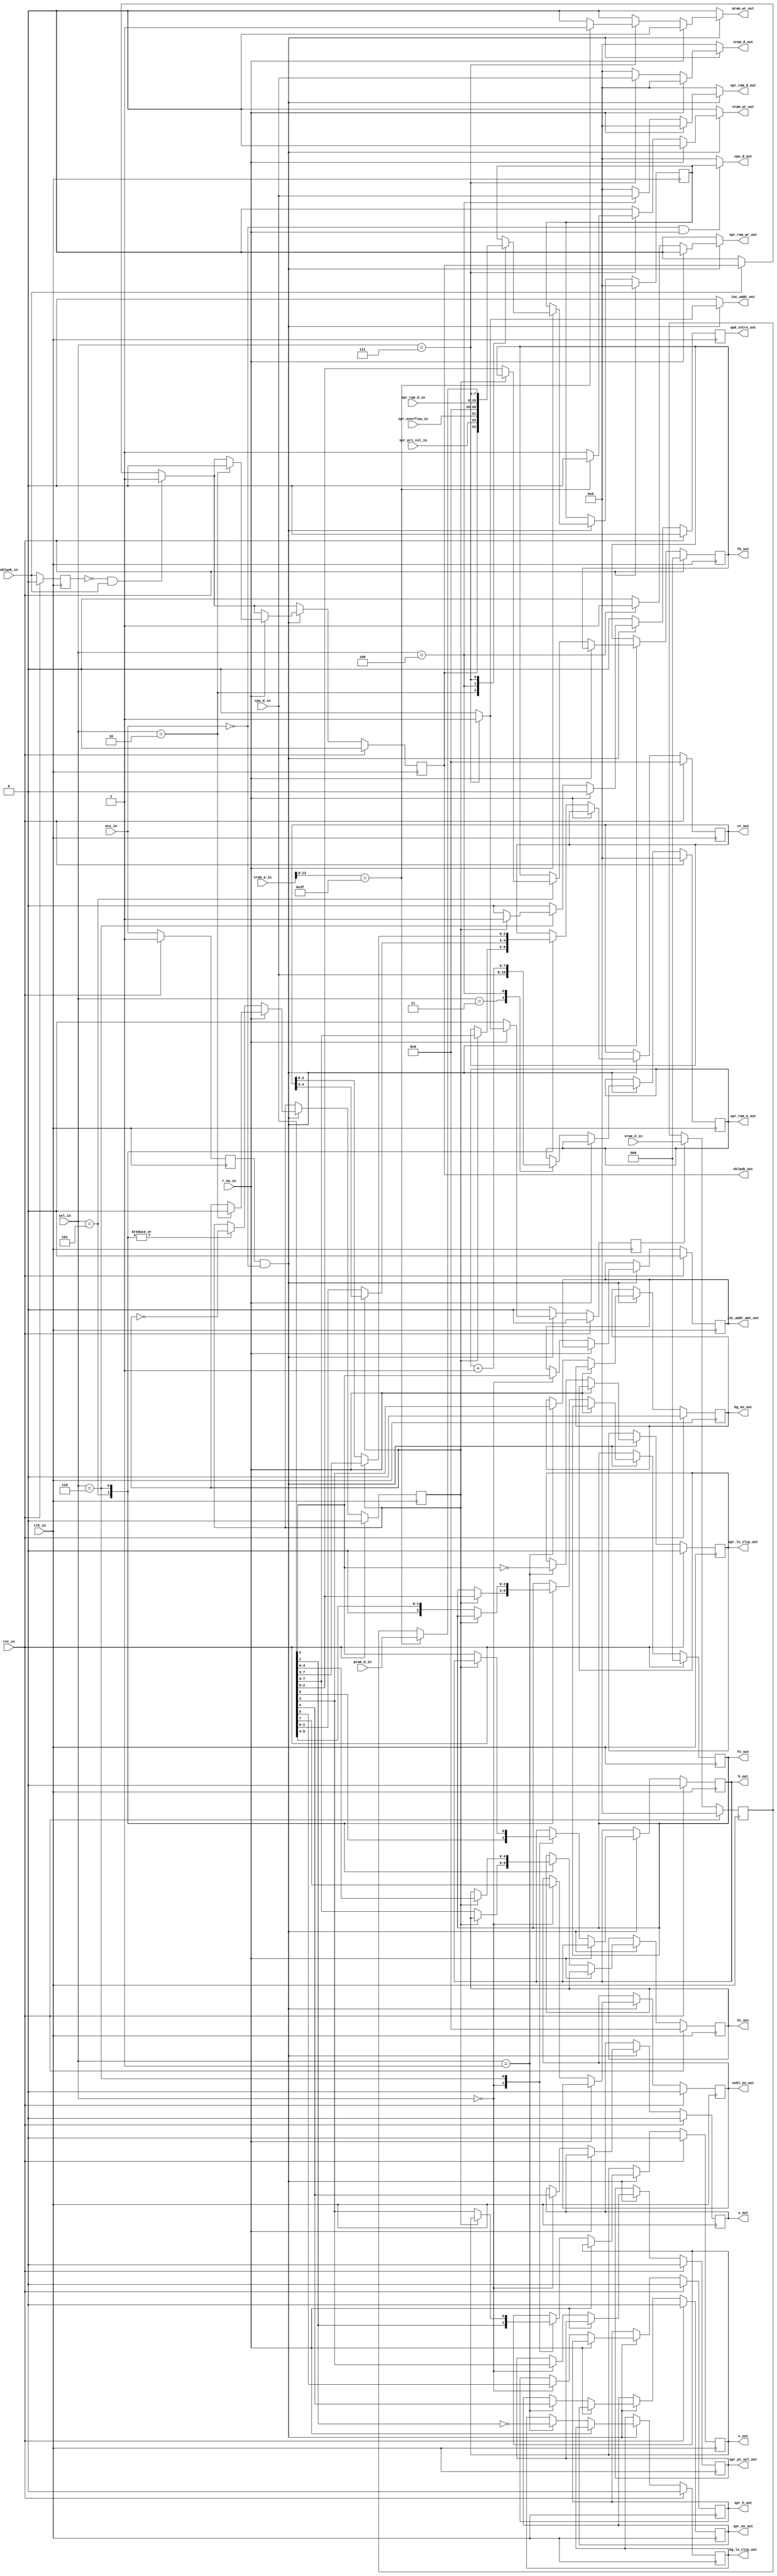
/***************************************************************************************************
** fpga_nes/hw/src/ppu/ppu_ri.v
*
*  Copyright (c) 2012, Brian Bennett
*  All rights reserved.
*
*  Redistribution and use in source and binary forms, with or without modification, are permitted
*  provided that the following conditions are met:
*
*  1. Redistributions of source code must retain the above copyright notice, this list of conditions
*     and the following disclaimer.
*  2. Redistributions in binary form must reproduce the above copyright notice, this list of
*     conditions and the following disclaimer in the documentation and/or other materials provided
*     with the distribution.
*
*  THIS SOFTWARE IS PROVIDED BY THE COPYRIGHT HOLDERS AND CONTRIBUTORS "AS IS" AND ANY EXPRESS OR
*  IMPLIED WARRANTIES, INCLUDING, BUT NOT LIMITED TO, THE IMPLIED WARRANTIES OF MERCHANTABILITY AND
*  FITNESS FOR A PARTICULAR PURPOSE ARE DISCLAIMED. IN NO EVENT SHALL THE COPYRIGHT OWNER OR
*  CONTRIBUTORS BE LIABLE FOR ANY DIRECT, INDIRECT, INCIDENTAL, SPECIAL, EXEMPLARY, OR CONSEQUENTIAL
*  DAMAGES (INCLUDING, BUT NOT LIMITED TO, PROCUREMENT OF SUBSTITUTE GOODS OR SERVICES; LOSS OF USE,
*  DATA, OR PROFITS; OR BUSINESS INTERRUPTION) HOWEVER CAUSED AND ON ANY THEORY OF LIABILITY,
*  WHETHER IN CONTRACT, STRICT LIABILITY, OR TORT (INCLUDING NEGLIGENCE OR OTHERWISE) ARISING IN ANY
*  WAY OUT OF THE USE OF THIS SOFTWARE, EVEN IF ADVISED OF THE POSSIBILITY OF SUCH DAMAGE.
*
*  External register interface PPU sub-block.
***************************************************************************************************/

module ppu_ri
(
  input  wire        clk_in,            // 100MHz system clock signal
  input  wire        rst_in,            // reset signal
  input  wire [ 2:0] sel_in,            // register interface reg select
  input  wire        ncs_in,            // register interface enable (active low)
  input  wire        r_nw_in,           // register interface read/write select
  input  wire [ 7:0] cpu_d_in,          // register interface data in from cpu
  input  wire [13:0] vram_a_in,         // current vram address
  input  wire [ 7:0] vram_d_in,         // data in from vram
  input  wire [ 7:0] pram_d_in,         // data in from palette ram
  input  wire        vblank_in,         // high during vertical blank
  input  wire [ 7:0] spr_ram_d_in,      // sprite ram data (for 0x2004 reads)
  input  wire        spr_overflow_in,   // more than 8 sprites hit on a scanline during last frame
  input  wire        spr_pri_col_in,    // primary object collision in last frame
  output wire [ 7:0] cpu_d_out,         // register interface data out to cpu
  output reg  [ 7:0] vram_d_out,        // data out to vram
  output reg         vram_wr_out,       // rd/wr select for vram ops
  output reg         pram_wr_out,       // rd/wr select for palette ram ops
  output wire [ 2:0] fv_out,            // fine vertical scroll register
  output wire [ 4:0] vt_out,            // vertical tile scroll register
  output wire        v_out,             // vertical name table selection register
  output wire [ 2:0] fh_out,            // fine horizontal scroll register
  output wire [ 4:0] ht_out,            // horizontal tile scroll register
  output wire        h_out,             // horizontal name table selection register
  output wire        s_out,             // playfield pattern table selection register
  output reg         inc_addr_out,      // increment vmem addr (due to ri mem access)
  output wire        inc_addr_amt_out,  // amount to increment vmem addr by (0x2002.7)
  output wire        nvbl_en_out,       // enable nmi on vertical blank
  output wire        vblank_out,        // current 2002.7 value for nmi
  output wire        bg_en_out,         // enable background rendering
  output wire        spr_en_out,        // enable sprite rendering
  output wire        bg_ls_clip_out,    // clip playfield from left screen column (8 pixels)
  output wire        spr_ls_clip_out,   // clip sprites from left screen column (8 pixels)
  output wire        spr_h_out,         // 8/16 scanline sprites
  output wire        spr_pt_sel_out,    // pattern table select for sprites (0x2000.3)
  output wire        upd_cntrs_out,     // copy PPU registers to PPU counters
  output wire [ 7:0] spr_ram_a_out,     // sprite ram address (for 0x2004 reads/writes)
  output reg  [ 7:0] spr_ram_d_out,     // sprite ram data (for 0x2004 writes)
  output reg         spr_ram_wr_out     // sprite ram write enable (for 0x2004 writes)
);

//
// Scroll Registers
//
reg [2:0] q_fv,  d_fv;   // fine vertical scroll latch
reg [4:0] q_vt,  d_vt;   // vertical tile index latch
reg       q_v,   d_v;    // vertical name table selection latch
reg [2:0] q_fh,  d_fh;   // fine horizontal scroll latch
reg [4:0] q_ht,  d_ht;   // horizontal tile index latch
reg       q_h,   d_h;    // horizontal name table selection latch
reg       q_s,   d_s;    // playfield pattern table selection latch

//
// Output Latches
//
reg [7:0] q_cpu_d_out,     d_cpu_d_out;      // output data bus latch for 0x2007 reads
reg       q_upd_cntrs_out, d_upd_cntrs_out;  // output latch for upd_cntrs_out

//
// External State Registers
//
reg q_nvbl_en,     d_nvbl_en;     // 0x2000[7]: enables an NMI interrupt on vblank
reg q_spr_h,       d_spr_h;       // 0x2000[5]: select 8/16 scanline high sprites
reg q_spr_pt_sel,  d_spr_pt_sel;  // 0x2000[3]: sprite pattern table select
reg q_addr_incr,   d_addr_incr;   // 0x2000[2]: amount to increment addr on 0x2007 access.
                                  //            0: 1 byte, 1: 32 bytes.
reg q_spr_en,      d_spr_en;      // 0x2001[4]: enables sprite rendering
reg q_bg_en,       d_bg_en;       // 0x2001[3]: enables background rendering
reg q_spr_ls_clip, d_spr_ls_clip; // 0x2001[2]: left side screen column (8 pixel) object clipping
reg q_bg_ls_clip,  d_bg_ls_clip;  // 0x2001[1]: left side screen column (8 pixel) bg clipping
reg q_vblank,      d_vblank;      // 0x2002[7]: indicates a vblank is occurring

//
// Internal State Registers
//
reg       q_byte_sel,  d_byte_sel;   // tracks if next 0x2005/0x2006 write is high or low byte
reg [7:0] q_rd_buf,    d_rd_buf;     // internal latch for buffered 0x2007 reads
reg       q_rd_rdy,    d_rd_rdy;     // controls q_rd_buf updates
reg [7:0] q_spr_ram_a, d_spr_ram_a;  // sprite ram pointer (set on 0x2003 write)

reg       q_ncs_in;                  // last ncs signal (to detect falling edges)
reg       q_vblank_in;               // last vblank_in signal (to detect falling edges)

always @(posedge clk_in)
  begin
    if (rst_in)
      begin
        q_fv            <= 2'h0;
        q_vt            <= 5'h00;
        q_v             <= 1'h0;
        q_fh            <= 3'h0;
        q_ht            <= 5'h00;
        q_h             <= 1'h0;
        q_s             <= 1'h0;
        q_cpu_d_out     <= 8'h00;
        q_upd_cntrs_out <= 1'h0;
        q_nvbl_en       <= 1'h0;
        q_spr_h         <= 1'h0;
        q_spr_pt_sel    <= 1'h0;
        q_addr_incr     <= 1'h0;
        q_spr_en        <= 1'h0;
        q_bg_en         <= 1'h0;
        q_spr_ls_clip   <= 1'h0;
        q_bg_ls_clip    <= 1'h0;
        q_vblank        <= 1'h0;
        q_byte_sel      <= 1'h0;
        q_rd_buf        <= 8'h00;
        q_rd_rdy        <= 1'h0;
        q_spr_ram_a     <= 8'h00;
        q_ncs_in        <= 1'h1;
        q_vblank_in     <= 1'h0;
      end
    else
      begin
        q_fv            <= d_fv;
        q_vt            <= d_vt;
        q_v             <= d_v;
        q_fh            <= d_fh;
        q_ht            <= d_ht;
        q_h             <= d_h;
        q_s             <= d_s;
        q_cpu_d_out     <= d_cpu_d_out;
        q_upd_cntrs_out <= d_upd_cntrs_out;
        q_nvbl_en       <= d_nvbl_en;
        q_spr_h         <= d_spr_h;
        q_spr_pt_sel    <= d_spr_pt_sel;
        q_addr_incr     <= d_addr_incr;
        q_spr_en        <= d_spr_en;
        q_bg_en         <= d_bg_en;
        q_spr_ls_clip   <= d_spr_ls_clip;
        q_bg_ls_clip    <= d_bg_ls_clip;
        q_vblank        <= d_vblank;
        q_byte_sel      <= d_byte_sel;
        q_rd_buf        <= d_rd_buf;
        q_rd_rdy        <= d_rd_rdy;
        q_spr_ram_a     <= d_spr_ram_a;
        q_ncs_in        <= ncs_in;
        q_vblank_in     <= vblank_in;
      end
  end

always @*
  begin
    // Default most state to its original value.
    d_fv          = q_fv;
    d_vt          = q_vt;
    d_v           = q_v;
    d_fh          = q_fh;
    d_ht          = q_ht;
    d_h           = q_h;
    d_s           = q_s;
    d_cpu_d_out   = q_cpu_d_out;
    d_nvbl_en     = q_nvbl_en;
    d_spr_h       = q_spr_h;
    d_spr_pt_sel  = q_spr_pt_sel;
    d_addr_incr   = q_addr_incr;
    d_spr_en      = q_spr_en;
    d_bg_en       = q_bg_en;
    d_spr_ls_clip = q_spr_ls_clip;
    d_bg_ls_clip  = q_bg_ls_clip;
    d_byte_sel    = q_byte_sel;
    d_spr_ram_a   = q_spr_ram_a;

    // Update the read buffer if a new read request is ready.  This happens one cycle after a read
    // of 0x2007.
    d_rd_buf = (q_rd_rdy) ? vram_d_in : q_rd_buf;
    d_rd_rdy = 1'b0;

    // Request a PPU counter update only after second write to 0x2006.
    d_upd_cntrs_out = 1'b0;

    // Set the vblank status bit on a rising vblank edge.  Clear it if vblank is false.  Can also
    // be cleared by reading 0x2002.
    d_vblank = (~q_vblank_in & vblank_in) ? 1'b1 :
               (~vblank_in)               ? 1'b0 : q_vblank;

    // Only request memory writes on write of 0x2007.
    vram_wr_out = 1'b0;
    vram_d_out  = 8'h00;
    pram_wr_out = 1'b0;

    // Only request VRAM addr increment on access of 0x2007.
    inc_addr_out = 1'b0;

    spr_ram_d_out  = 8'h00;
    spr_ram_wr_out = 1'b0;

    // Only evaluate RI reads/writes on /CS falling edges.  This prevents executing the same
    // command multiple times because the CPU runs at a slower clock rate than the PPU.
    if (q_ncs_in & ~ncs_in)
      begin
        if (r_nw_in)
          begin
            // External register read.
            case (sel_in)
              3'h2:  // 0x2002
                begin
                  d_cpu_d_out = { q_vblank, spr_pri_col_in, spr_overflow_in, 5'b00000 };
                  d_byte_sel  = 1'b0;
                  d_vblank    = 1'b0;
                end
              3'h4:  // 0x2004
                begin
                  d_cpu_d_out = spr_ram_d_in;
                end
              3'h7:  // 0x2007
                begin
                  d_cpu_d_out  = (vram_a_in[13:8] == 6'h3F) ? pram_d_in : q_rd_buf;
                  d_rd_rdy     = 1'b1;
                  inc_addr_out = 1'b1;
                end
            endcase
          end
        else
          begin
            // External register write.
            case (sel_in)
              3'h0:  // 0x2000
                begin
                  d_nvbl_en    = cpu_d_in[7];
                  d_spr_h      = cpu_d_in[5];
                  d_s          = cpu_d_in[4];
                  d_spr_pt_sel = cpu_d_in[3];
                  d_addr_incr  = cpu_d_in[2];
                  d_v          = cpu_d_in[1];
                  d_h          = cpu_d_in[0];
                end
              3'h1:  // 0x2001
                begin
                  d_spr_en      = cpu_d_in[4];
                  d_bg_en       = cpu_d_in[3];
                  d_spr_ls_clip = ~cpu_d_in[2];
                  d_bg_ls_clip  = ~cpu_d_in[1];
                end
              3'h3:  // 0x2003
                begin
                  d_spr_ram_a = cpu_d_in;
                end
              3'h4:  // 0x2004
                begin
                  spr_ram_d_out  = cpu_d_in;
                  spr_ram_wr_out = 1'b1;
                  d_spr_ram_a    = q_spr_ram_a + 8'h01;
                end
              3'h5:  // 0x2005
                begin
                  d_byte_sel = ~q_byte_sel;
                  if (~q_byte_sel)
                    begin
                      // First write.
                      d_fh = cpu_d_in[2:0];
                      d_ht = cpu_d_in[7:3];
                    end
                  else
                    begin
                      // Second write.
                      d_fv = cpu_d_in[2:0];
                      d_vt = cpu_d_in[7:3];
                    end
                end
              3'h6:  // 0x2006
                begin
                  d_byte_sel = ~q_byte_sel;
                  if (~q_byte_sel)
                    begin
                      // First write.
                      d_fv      = { 1'b0, cpu_d_in[5:4] };
                      d_v       = cpu_d_in[3];
                      d_h       = cpu_d_in[2];
                      d_vt[4:3] = cpu_d_in[1:0];
                    end
                  else
                    begin
                      // Second write.
                      d_vt[2:0]       = cpu_d_in[7:5];
                      d_ht            = cpu_d_in[4:0];
                      d_upd_cntrs_out = 1'b1;
                    end
                end
              3'h7:  // 0x2007
                begin
                  if (vram_a_in[13:8] == 6'h3F)
                    pram_wr_out = 1'b1;
                  else
                    vram_wr_out = 1'b1;

                  vram_d_out   = cpu_d_in;
                  inc_addr_out = 1'b1;
                end
            endcase
          end
      end
  end

assign cpu_d_out        = (~ncs_in & r_nw_in) ? q_cpu_d_out : 8'h00;
assign fv_out           = q_fv;
assign vt_out           = q_vt;
assign v_out            = q_v;
assign fh_out           = q_fh;
assign ht_out           = q_ht;
assign h_out            = q_h;
assign s_out            = q_s;
assign inc_addr_amt_out = q_addr_incr;
assign nvbl_en_out      = q_nvbl_en;
assign vblank_out       = q_vblank;
assign bg_en_out        = q_bg_en;
assign spr_en_out       = q_spr_en;
assign bg_ls_clip_out   = q_bg_ls_clip;
assign spr_ls_clip_out  = q_spr_ls_clip;
assign spr_h_out        = q_spr_h;
assign spr_pt_sel_out   = q_spr_pt_sel;
assign upd_cntrs_out    = q_upd_cntrs_out;
assign spr_ram_a_out    = q_spr_ram_a;

endmodule